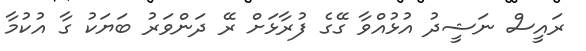
ރައީސް ނަޝީދު އުޅުއްވާ ގޭގެ ފުރާޅަށް ރޭ ދަންވަރު ބަޔަކު ގާ އުކުމާ